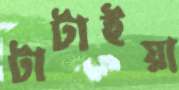
টাটাইয়া